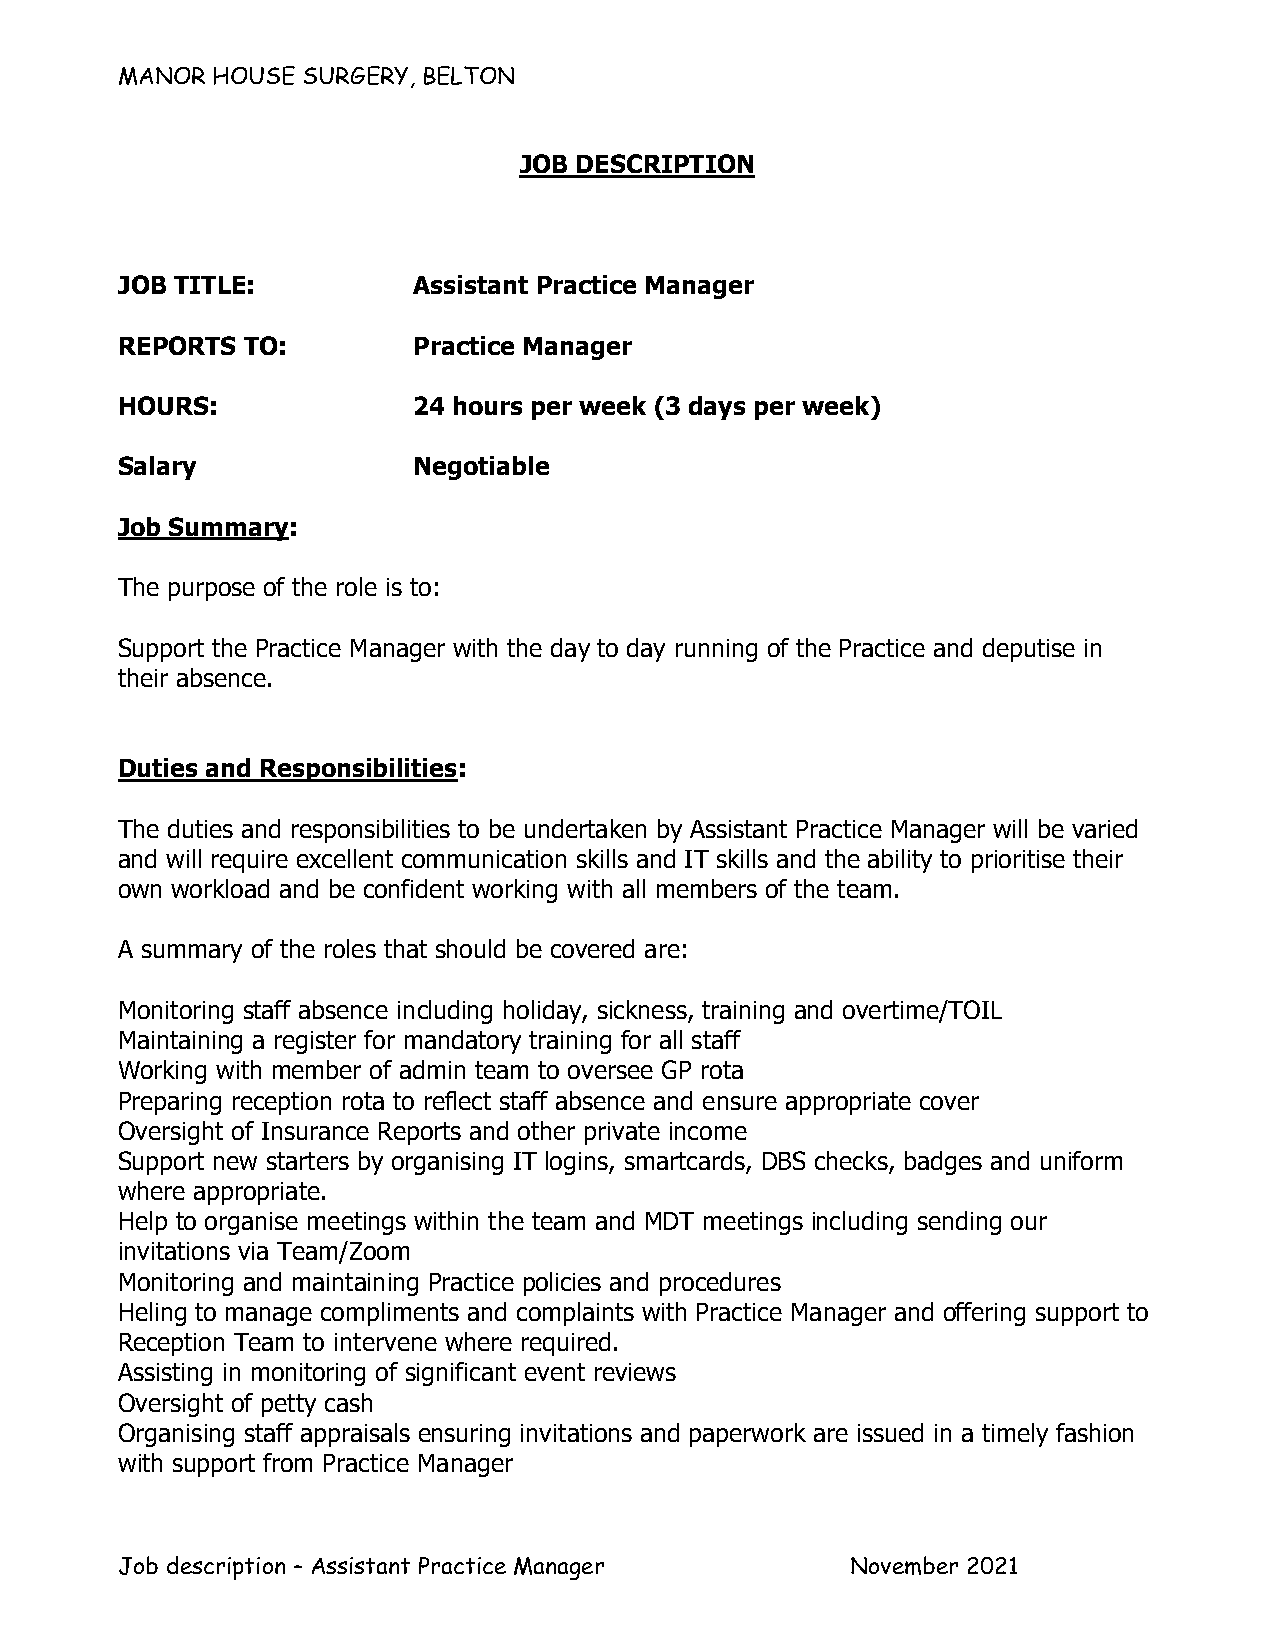
MANOR HOUSE SURGERY, BELTON
 JOB DESCRIPTION
 JOB TITLE:         Assistant Practice Manager
 REPORTS TO:        Practice Manager
 HOURS:             24 hours per week (3 days per week)
 Salary             Negotiable
 Job Summary:
 The purpose of the role is to:
 Support the Practice Manager with the day to day running of the Practice and deputise in
 their absence.
 Duties and Responsibilities:
 The duties and responsibilities to be undertaken by Assistant Practice Manager will be varied
 and will require excellent communication skills and IT skills and the ability to prioritise their
 own workload and be confident working with all members of the team.
 A summary of the roles that should be covered are:
 Monitoring staff absence including holiday, sickness, training and overtime/TOIL
 Maintaining a register for mandatory training for all staff
 Working with member of admin team to oversee GP rota
 Preparing reception rota to reflect staff absence and ensure appropriate cover
 Oversight of Insurance Reports and other private income
 Support new starters by organising IT logins, smartcards, DBS checks, badges and uniform
 where appropriate.
 Help to organise meetings within the team and MDT meetings including sending our
 invitations via Team/Zoom
 Monitoring and maintaining Practice policies and procedures
 Heling to manage compliments and complaints with Practice Manager and offering support to
 Reception Team to intervene where required.
 Assisting in monitoring of significant event reviews
 Oversight of petty cash
 Organising staff appraisals ensuring invitations and paperwork are issued in a timely fashion
 with support from Practice Manager
 Job description – Assistant Practice Manager    November 2021